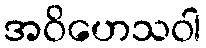
အဝိဟေသဝါ